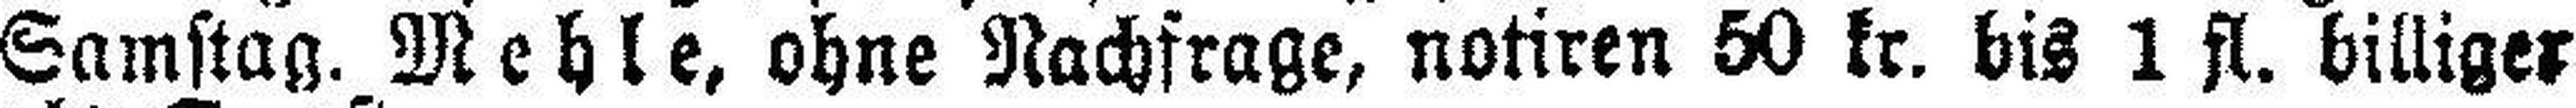
Samstag. Mehle, ohne Nachfrage, notiren 50 kr. bis 1 fl. billiger